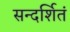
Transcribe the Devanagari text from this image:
सन्दर्शितं